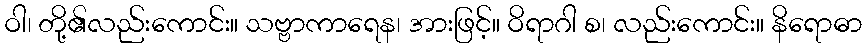
ဝါ၊ တို့၏လည်းကောင်း။ သဗ္ဗာကာရေန၊ အားဖြင့်။ ဝိရာဂါ စ၊ လည်းကောင်း။ နိရောဓာ